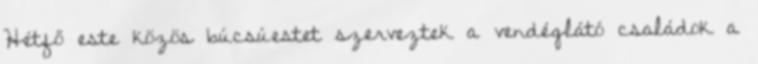
Hétfő este közös búcsúestet szerveztek a vendéglátó családok a